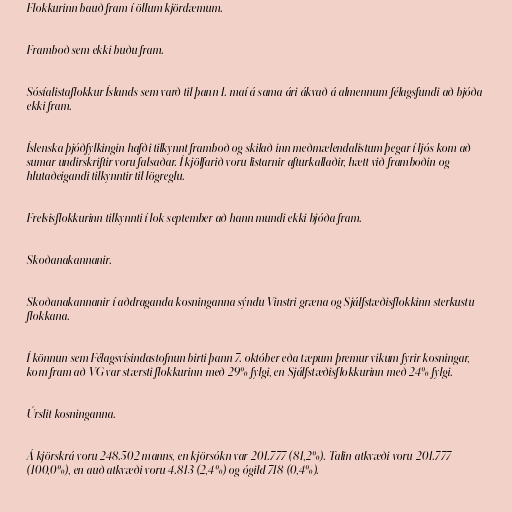
Flokkurinn bauð fram í öllum kjördæmum.

Framboð sem ekki buðu fram.

Sósíalistaflokkur Íslands sem varð til þann 1. maí á sama ári ákvað á almennum félagsfundi að bjóða
ekki fram.

Íslenska þjóðfylkingin hafði tilkynnt framboð og skilað inn meðmælendalistum þegar í ljós kom að
sumar undirskriftir voru falsaðar. Í kjölfarið voru listarnir afturkallaðir, hætt við framboðin og
hlutaðeigandi tilkynntir til lögreglu.

Frelsisflokkurinn tilkynnti í lok september að hann mundi ekki bjóða fram.

Skoðanakannanir.

Skoðanakannanir í aðdraganda kosninganna sýndu Vinstri græna og Sjálfstæðisflokkinn sterkustu
flokkana.

Í könnun sem Félagsvísindastofnun birti þann 7. október eða tæpum þremur vikum fyrir kosningar,
kom fram að VG var stærsti flokkurinn með 29% fylgi, en Sjálfstæðisflokkurinn með 24% fylgi.

Úrslit kosninganna.

Á kjörskrá voru 248.502 manns, en kjörsókn var 201.777 (81,2%). Talin atkvæði voru 201.777
(100,0%), en auð atkvæði voru 4.813 (2,4%) og ógild 718 (0,4%).